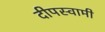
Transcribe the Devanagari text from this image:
दीपस्वामी